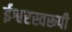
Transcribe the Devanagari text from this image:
ईश्वरस्वरूपी